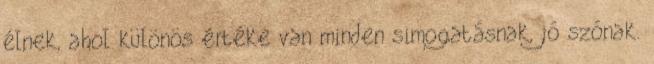
élnek, ahol különös értéke van minden simogatásnak, jó szónak.